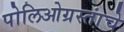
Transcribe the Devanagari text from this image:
पोलिओग्रस्तांचे